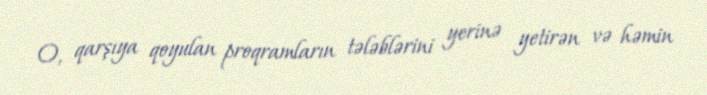
O, qarşıya qoyulan proqramların tələblərini yerinə yetirən və həmin